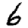
Digit: 6